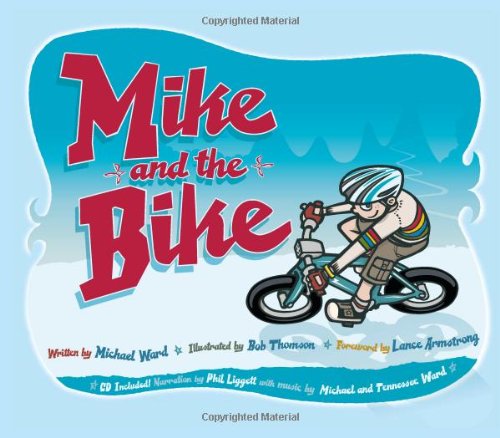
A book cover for Mike and the Bike; Michael Ward; Children's Books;